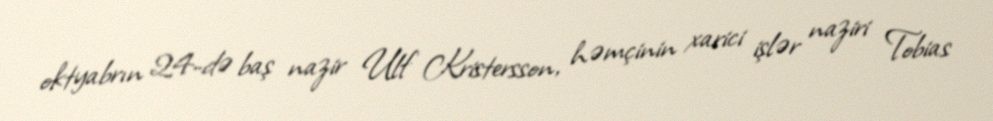
oktyabrın 24-də baş nazir Ulf Kristersson, həmçinin xarici işlər naziri Tobias